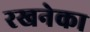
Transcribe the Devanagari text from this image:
रखनेका